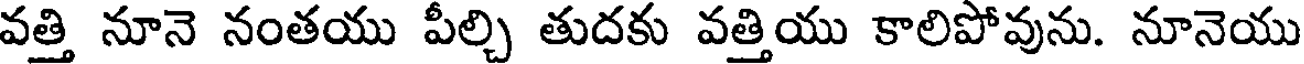
వత్తి నూనె నంతయు పీల్చి తుదకు వత్తియు కాలిపోవును. నూనెయు